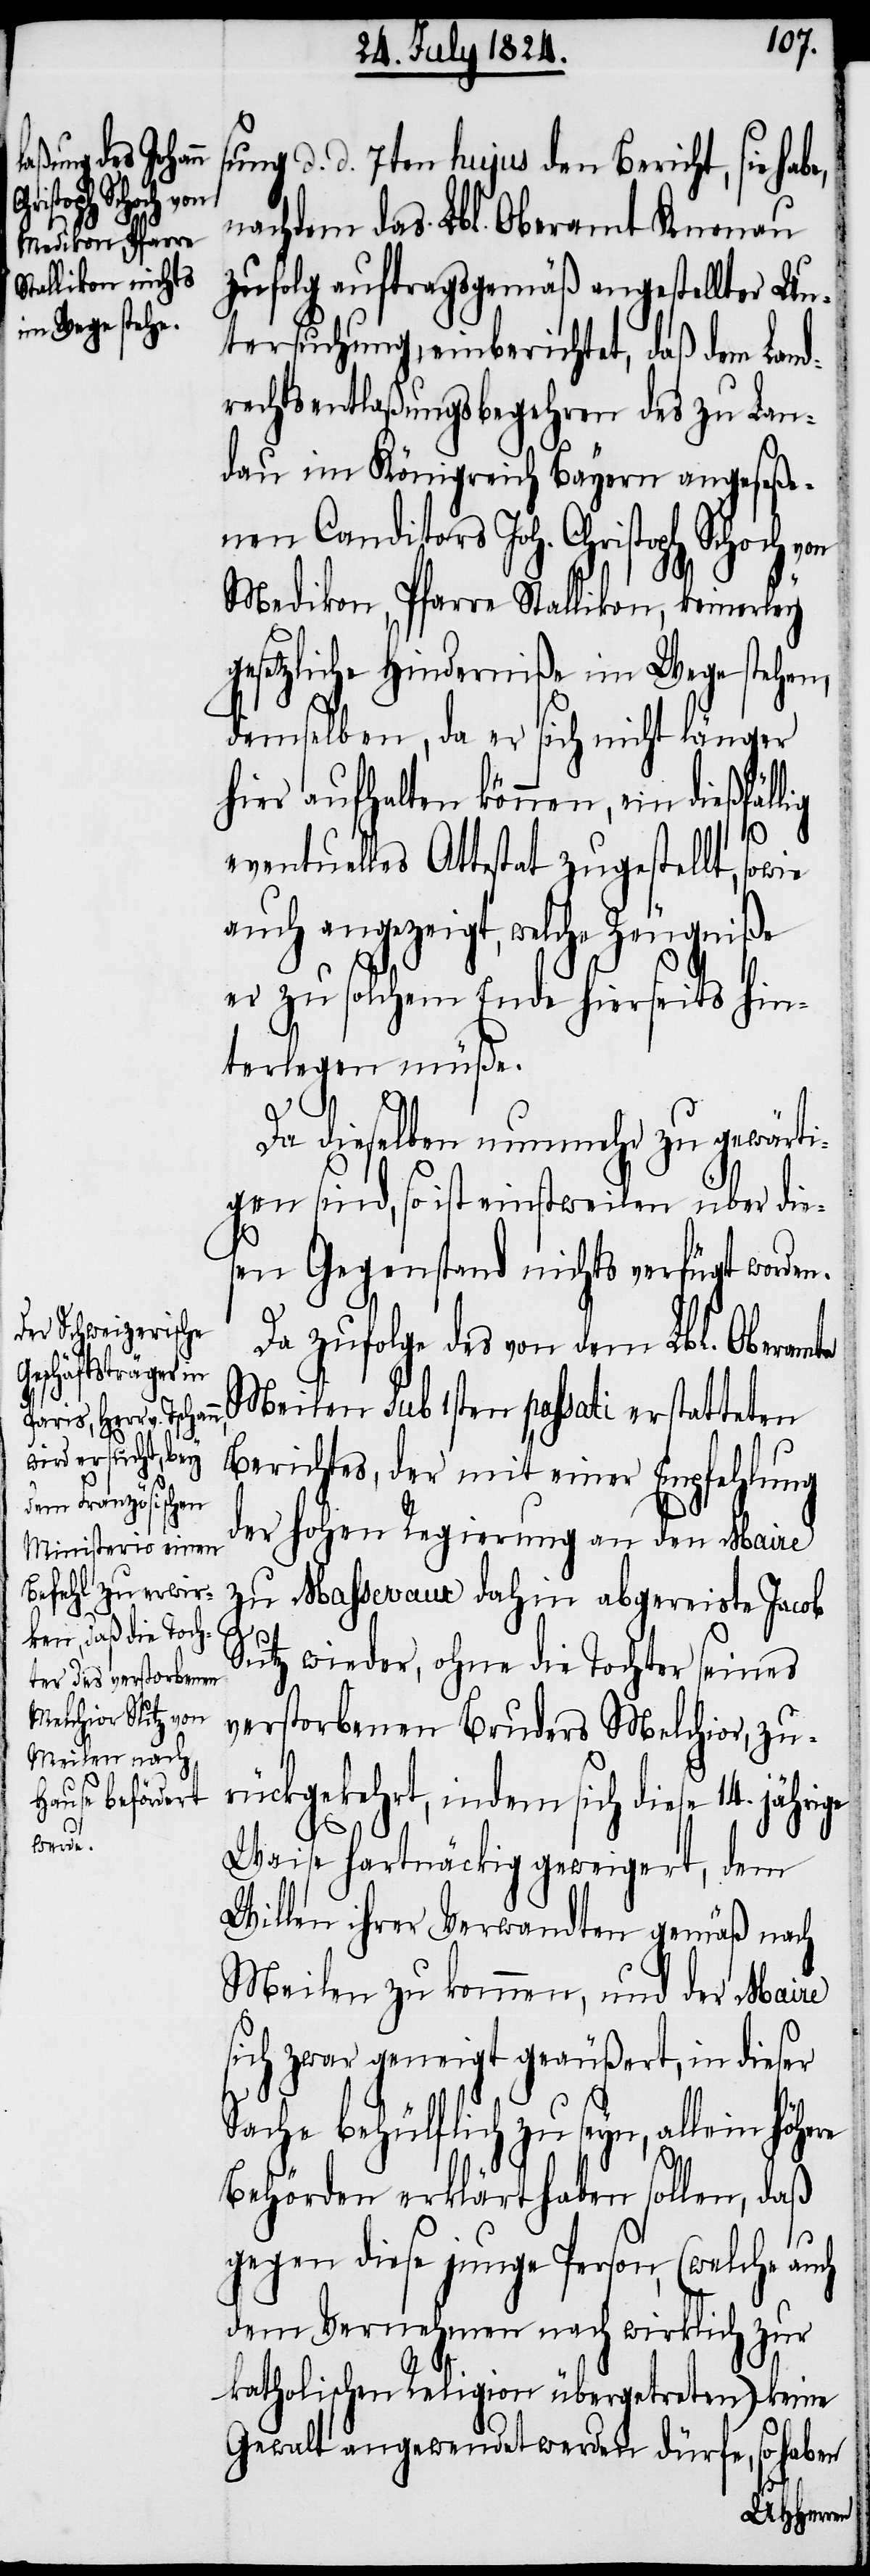
sung d. d. 7ten hujus den Bericht, sie habe,
nachdem das Lbl. Oberamt Knonau
zufolg auftragsgemäß angestellter Un¬
tersuchung einberichtet, daß dem Land¬
rechtsentlaßungsbegehren des zu Lan¬
dau im Königreich Bayern angeseße¬
nen Canditors Joh. Christoph Schoch von
Medikon, Pfarre Stallikon, keinerley
gesetzliche Hinderniße im Wege stehen,
demselben, da er sich nicht länger
hier aufhalten können, ein dießfäl¬
eventuelles Attestat zugestellt, so¬
auch angezeigt, welche Zeugniße
er zu solchem Ende hierseits hi¬
nterlegen müße.
Da dieselben nunmehr zu gewärti¬
gen sind, so ist einstweilen über die¬
sen Gegenstand nichts verfügt worden.
Da zufolge des von dem Lbl. Oberamte
Meilen sub 1sten passati erstatteten
Berichtes, der mit einer Empfehlung
der hohen Regierung an den Maire
zu Massevaux dahin abgereiste Jacob
Sutz wieder, ohne die Tochter seines
verstorbenen Bruders Melchior, zu¬
rückgekehrt, indem sich diese
Waise hartnäckig geweigert, dem
Willen ihrer Verwandten gemäß nach
Meilen zu kommen, und der Maire
sich zwar geneigt geäußert, in dieser
Sache behülflich zu seyn, allein höhe¬
Behörden erklärt haben sollen, daß
gegen diese junge Person, (welche auch
dem Vernehmen nach wirklich zur
katholischen Religion übergetreten) keine
Gewalt angewendet werden dürfe, so haben
re